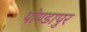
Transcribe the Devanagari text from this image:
पोण्डापुर